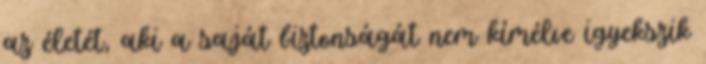
az életét, aki a saját biztonságát nem kímélve igyekszik